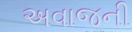
અવાજની